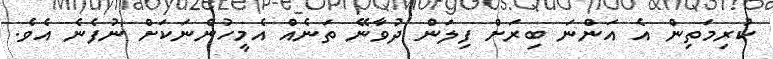
ކުރިމަތިން އެ އަންނަ ބިރަށް ފިލަން ދުވާނޭ ތަނެއް އެމީހުންނަކަށް ނުފެނެ އެވެ.